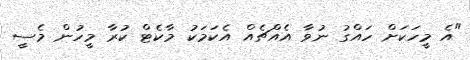
"އެ މީހަކަށް ހައްގު ނުވާ އެއްޗެއް އެކަމަކު މާކެޓް ކުރާ މީހުން މެސީ